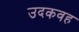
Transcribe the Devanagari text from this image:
उदकवह